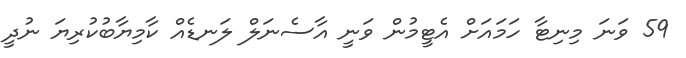
59 ވަނަ މިނިޓާ ހަމައަށް އެޓީމުން ވަނީ އާސެނަލް ލަނޑެއް ކާމިޔާބުކުރިޔަ ނުދީ